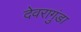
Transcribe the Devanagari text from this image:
देवरागुंडा